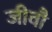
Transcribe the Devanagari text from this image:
जीवौ